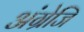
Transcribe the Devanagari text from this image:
अंग्रेजि